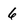
Character: 6